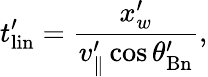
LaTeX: t_{\mathrm{{lin}}}^{\prime}=\frac{x_{w}^{\prime}}{v_{\parallel}^{\prime}\cos\theta_{\mathrm{Bn}}^{\prime}},